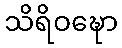
သိရိဝဍ္ဎော